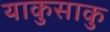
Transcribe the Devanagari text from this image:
याकुसाकु